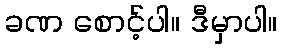
ခဏ စောင့်ပါ။ ဒီမှာပါ။